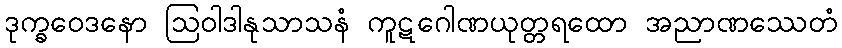
ဒုက္ခဝေဒနော ဩဝါဒါနုသာသနံ ကူဋဂေါဏယုတ္တရထော အညာဏဿေတံ